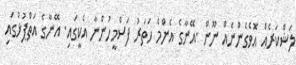
ލަޝްކަރެއް އޮވެގެންނެއް ނޫން .އޭނާގެ އެންމެ ހަތަރު ފަސްމީހުންނާ އެކީގައި. އޭނާގެ އަތްޕުޅުގައި